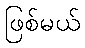
ဖြစ်မယ်